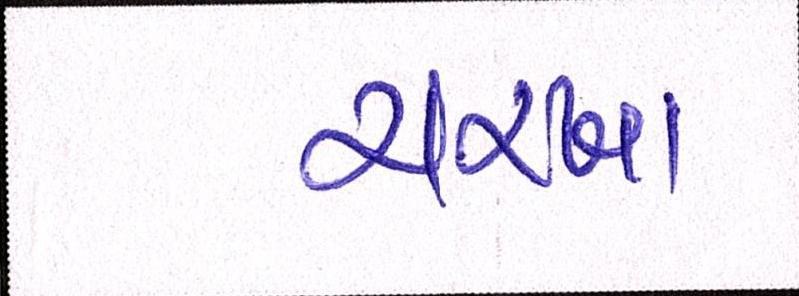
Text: ચરખા